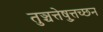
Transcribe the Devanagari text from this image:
तुञ्चत्तेष़ुत्तच्छन